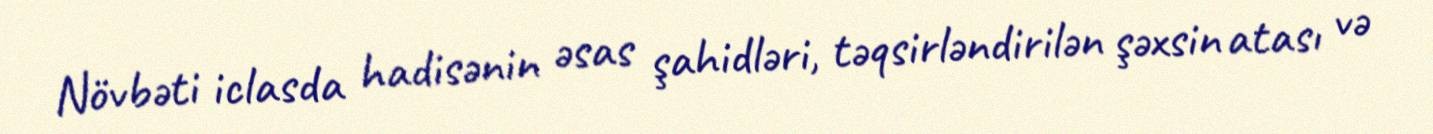
Növbəti iclasda hadisənin əsas şahidləri, təqsirləndirilən şəxsin atası və